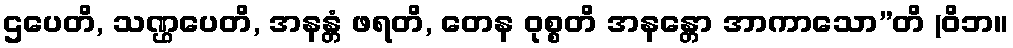
ဌပေတိ, သဏ္ဌပေတိ, အနန္တံ ဖရတိ, တေန ဝုစ္စတိ အနန္တော အာကာသော”တိ (ဝိဘ။